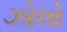
ઝોલો